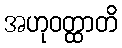
အဟုဝတ္ထာတိ